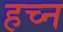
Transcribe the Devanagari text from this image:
हच्न